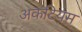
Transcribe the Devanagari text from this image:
अकटियम